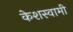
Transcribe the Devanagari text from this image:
केशस्वामी